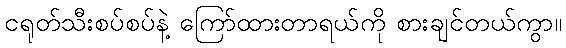
ငရုတ်သီးစပ်စပ်နဲ့ ကြော်ထားတာရယ်ကို စားချင်တယ်ကွာ။